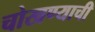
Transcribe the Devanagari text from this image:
चोखण्याची